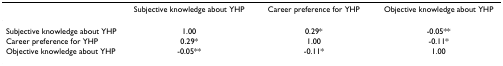
<table><thead><tr><td></td><td><b>Subjective knowledge about YHP</b></td><td><b>Career preference for YHP</b></td><td><b>Objective knowledge about YHP</b></td></tr></thead><tbody><tr><td>Subjective knowledge about YHP</td><td>1.00</td><td>0.29*</td><td>-0.05**</td></tr><tr><td>Career preference for YHP</td><td>0.29*</td><td>1.00</td><td>-0.11*</td></tr><tr><td>Objective knowledge about YHP</td><td>-0.05**</td><td>-0.11*</td><td>1.00</td></tr></tbody></table>